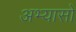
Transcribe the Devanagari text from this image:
अभ्यासो